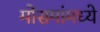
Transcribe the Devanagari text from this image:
मोसमांमध्ये